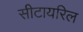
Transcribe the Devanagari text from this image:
सीटायरिल